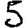
Digit: 5